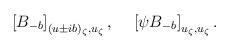
LaTeX: \begin{align*}\left[B_{-b}\right]_{(u\pm ib)_\zeta,u_\zeta},~~~ \left[\psi B_{-b}\right]_{u_\zeta,u_\zeta}.\end{align*}